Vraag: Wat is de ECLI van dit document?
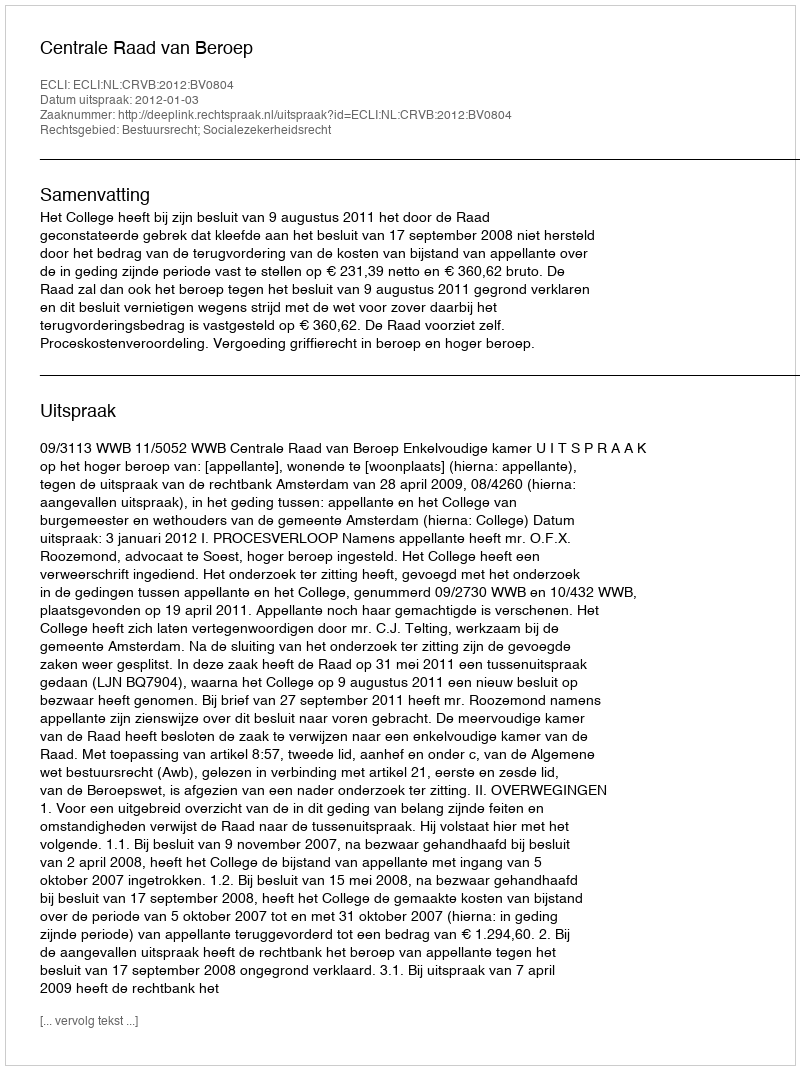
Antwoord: ECLI:NL:CRVB:2012:BV0804